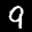
Label: 9